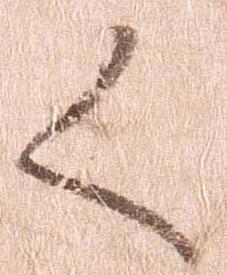
く